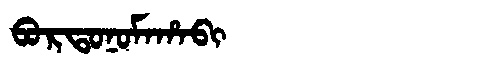
Manchu: ᠪᠣᡵᡨᠣᠨᠣᠮᠠᡥᠠᠪᡳ
Romanization: BORTONOMAHABI